65_HS1-834228961_62-HQ-83894_Section_7
Agency: FBI
Page 71
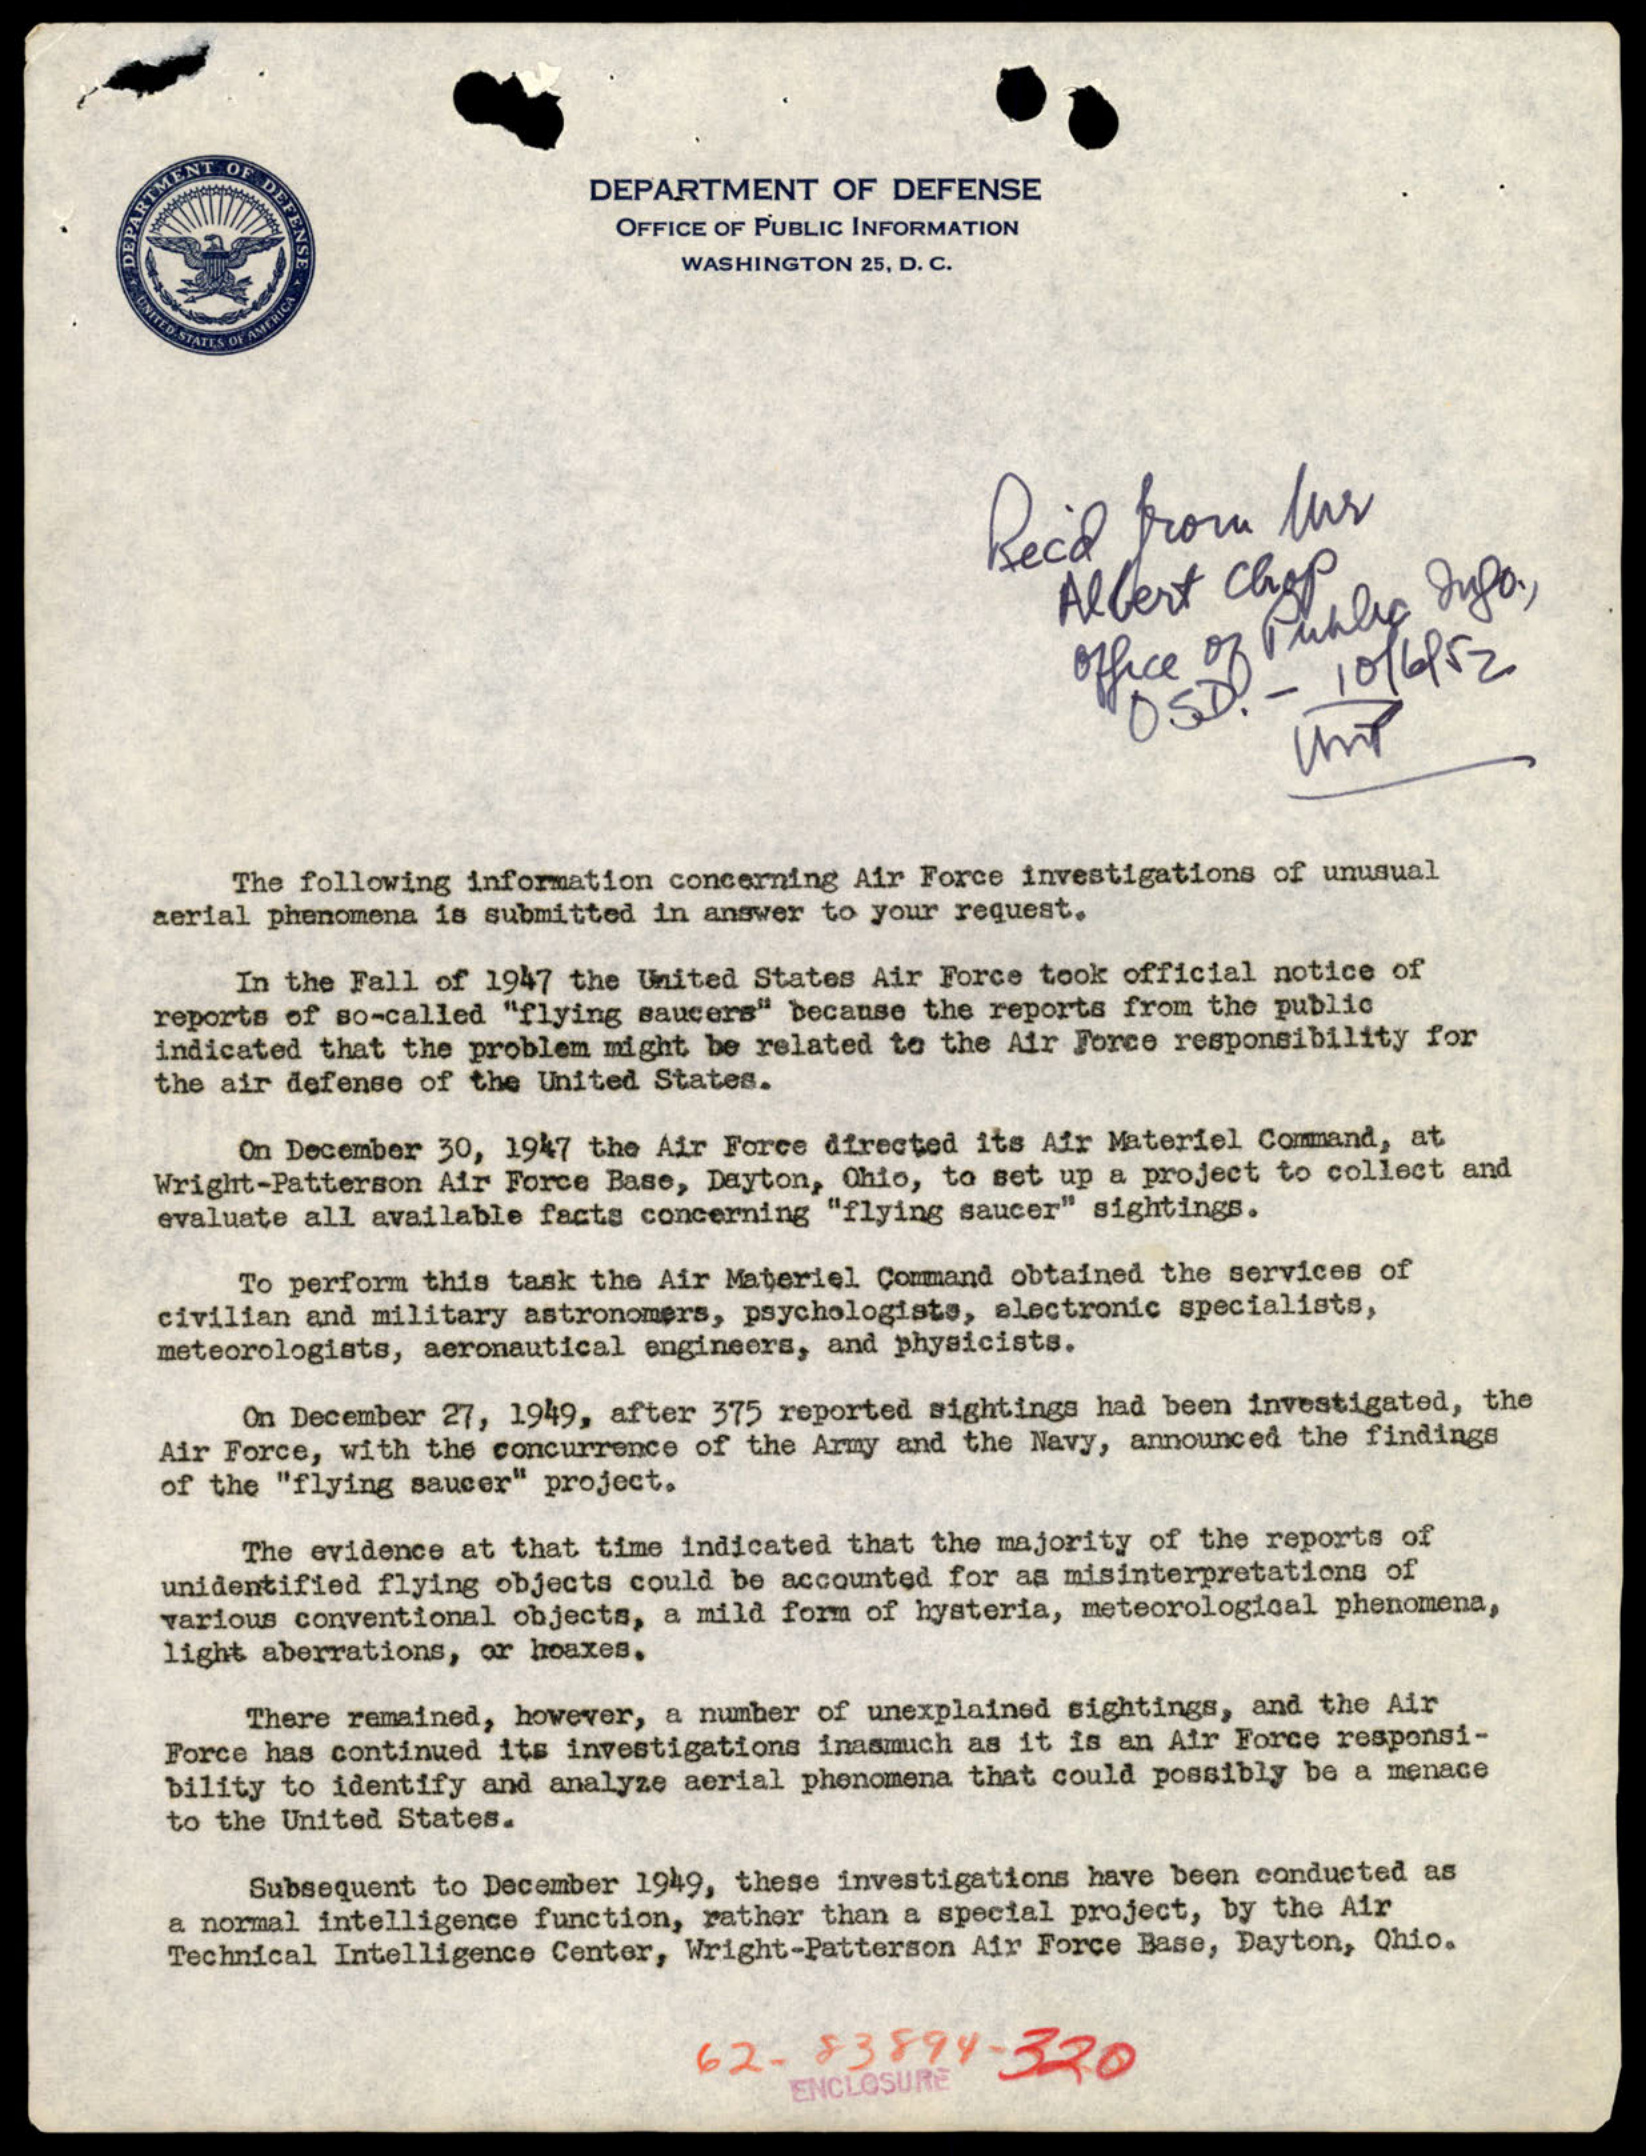